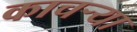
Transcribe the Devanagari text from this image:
काचऱ्या